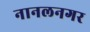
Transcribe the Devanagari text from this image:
नानलनगर